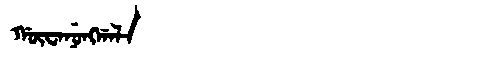
Manchu: ᡤᡡᠸᠠᠨᡠᠩᡤᠠᠯᠠ
Romanization: GŪWANUNGGALA